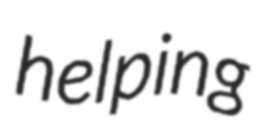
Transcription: helping